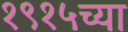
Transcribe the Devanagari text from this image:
१९१५च्या